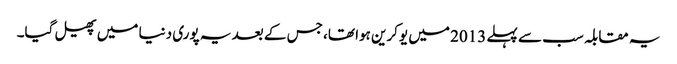
یہ مقابلہ سب سے پہلے 2013 میں یوکرین ہوا تھا، جس کے بعد یہ پوری دنیا میں پھیل گیا۔